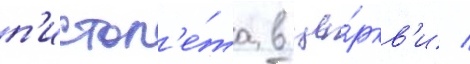
п'истол'е́та в це́ркв'и /